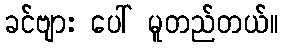
ခင်ဗျား ပေါ် မူတည်တယ်။